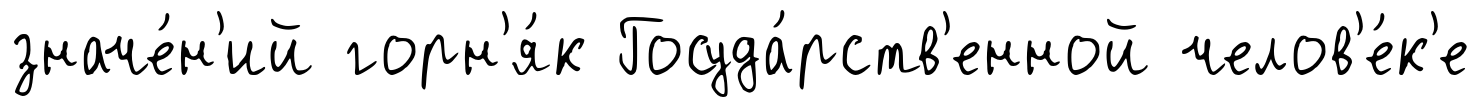
значе́н'ий горн'я́к Госуда́рств'енной челов'е́к'е